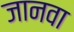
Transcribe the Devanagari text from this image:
जानवा